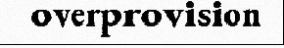
overprovision